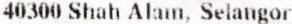
40300 SHAH ALAM, SELANGOR